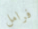
فرامل